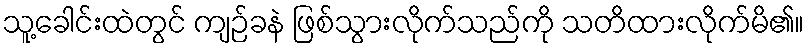
သူ့ခေါင်းထဲတွင် ကျဉ်ခနဲ ဖြစ်သွားလိုက်သည်ကို သတိထားလိုက်မိ၏။